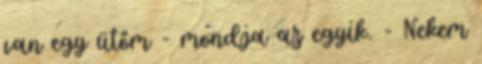
van egy ütőm - mondja az egyik. - Nekem